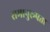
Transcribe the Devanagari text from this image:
समानुरूपता